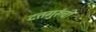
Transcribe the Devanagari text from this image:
दत्तगुरूंची